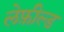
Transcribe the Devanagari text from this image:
लेफ़ील्ड